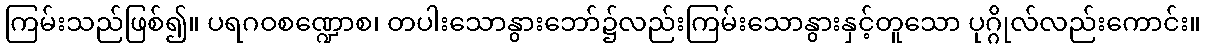
ကြမ်းသည်ဖြစ်၍။ ပရဂဝစဏ္ဍောစ၊ တပါးသောနွားဘော်၌လည်းကြမ်းသောနွားနှင့်တူသော ပုဂ္ဂိုလ်လည်းကောင်း။